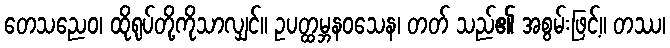
တေသညေဝ၊ ထိုရုပ်တို့ကိုသာလျှင်။ ဥပတ္ထမ္ဘနဝသေန၊ တတ် သည်၏ အစွမ်းဖြင့်။ တဿ၊